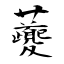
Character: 虁